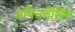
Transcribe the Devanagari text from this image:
उपिनवेशित